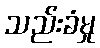
သည်းခံမှု